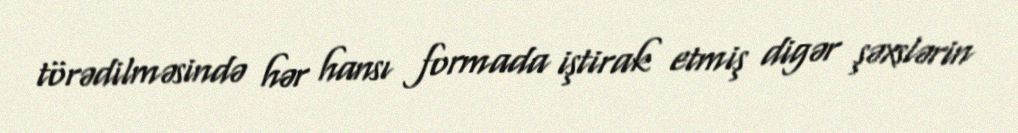
törədilməsində hər hansı formada iştirak etmiş digər şəxslərin